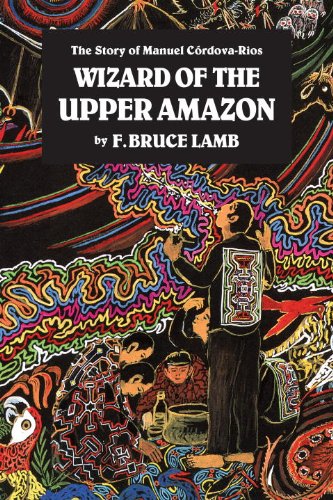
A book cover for Wizard of the Upper Amazon; F. Bruce Lamb; History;